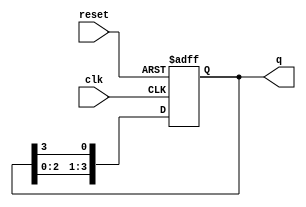
module ring_counter (
    input wire clk,       // Clock signal
    input wire reset,     // Asynchronous reset signal
    output reg [N-1:0] q // Output of the ring counter
);
    parameter N = 4; // Number of flip-flops (adjust as needed)

    // Initial state
    initial begin
        q = 1'b1; // Start with the first flip-flop set to '1'
    end

    always @(posedge clk or posedge reset) begin
        if (reset) begin
            q <= 1'b1; // Reset to initial state
        end else begin
            // Shift the '1' to the next flip-flop
            q <= {q[N-2:0], q[N-1]}; // Rotate the '1' through the flip-flops
        end
    end
endmodule